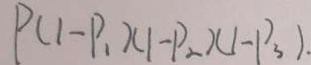
P ( 1 - P _ { 1 } ) ( 1 - P _ { 2 } ) ( 1 - P _ { 3 } ) .